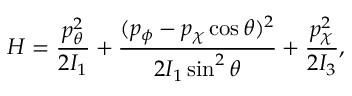
H = { \frac { p _ { \theta } ^ { 2 } } { 2 I _ { 1 } } } + { \frac { ( p _ { \phi } - p _ { \chi } \cos \theta ) ^ { 2 } } { 2 I _ { 1 } \sin ^ { 2 } \theta } } + { \frac { p _ { \chi } ^ { 2 } } { 2 I _ { 3 } } } ,